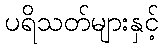
ပရိသတ်များနှင့်